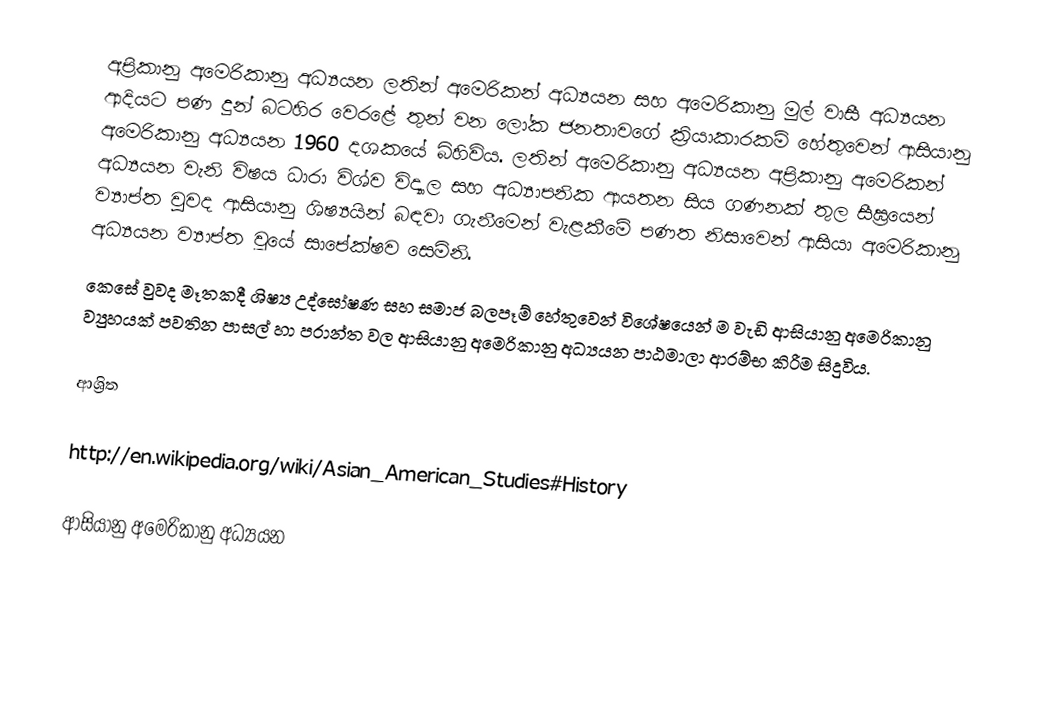
අප‍්‍රිකානු අමෙරිකානු අධ්‍යයන ලතින් අමෙරිකන් අධ්‍යයන සහ අමෙරිකානු මුල් වාසී අධ්‍යයන ආදියට පණ දුන් බටහිර වෙරළේ තුන් වන ලෝක ජනතාවගේ ක‍්‍රියාකාරකම් හේතුවෙන් ආසියානු අමෙරිකානු අධ්‍යයන 1960 දශකයේ බිහිවිය. ලතින් අමෙරිකානු අධ්‍යයන අප‍්‍රිකානු අමෙරිකන් අධ්‍යයන වැනි විෂය ධාරා විශ්ව විද්‍යාල සහ අධ්‍යාපනික ආයතන සිය ගණනක් තුල සීඝ‍්‍රයෙන් ව්‍යාප්ත වුවද ආසියානු ශිෂ්‍යයින් බඳවා ගැනීමෙන් වැළකීමේ පණත නිසාවෙන් ආසියා අමෙරිකානු අධ්‍යයන ව්‍යාප්ත වූයේ සාපේක්ෂව සෙමිනි.
කෙසේ වුවද මෑතකදී ශිෂ්‍ය උද්ඝෝෂණ සහ සමාජ බලපෑම් හේතුවෙන් විශේෂයෙන් ම වැඩි ආසියානු අමෙරිකානු ව්‍යුහයක් පවතින පාසල් හා ප‍්‍රාන්ත වල ආසියානු අමෙරිකානු අධ්‍යයන පාඨමාලා ආරම්භ කිරීම සිදුවිය.

ආශ්‍රිත

http://en.wikipedia.org/wiki/Asian_American_Studies#History

ආසියානු අමෙරිකානු අධ්‍යයන